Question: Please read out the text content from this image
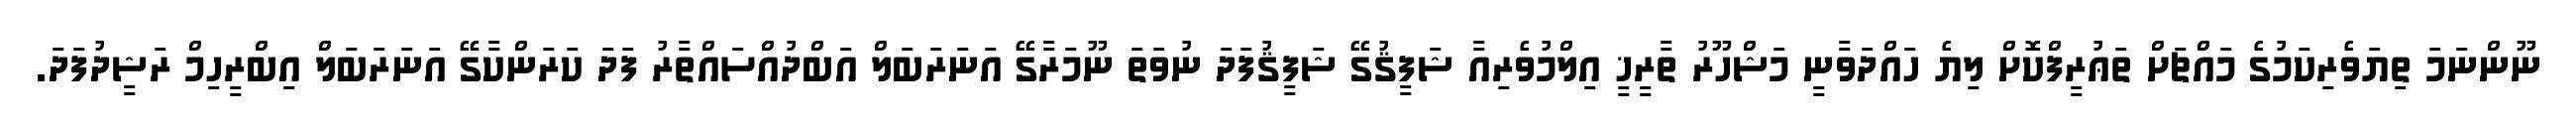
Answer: ނޫންނަމަ ތިޔަވެރިކަމުގެ މައްޗަށް ތަޢުރީފްކޮށް ލިޔެ ހައްދަވާނީ މަޝްހޫރު ތާރީޚީ އިލްމުވެރިއާ ޝަފީޤުގޭ ޝަފީޤުފަދަ ނުވަތަ ނޫމަރާގޭ އަނަރަބަލް އަބްދުއްސައްތާރު ފަދަ ކަރަންކާގޭ އަނަރަބަލް އިބްރީހިމް ރަޝީދުފަދަ.